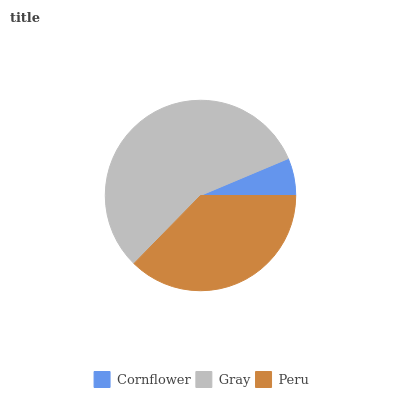
| Cornflower | Gray | Peru |
 | --- | --- | --- |
 | 6.34% | 56.4% | 37.3% |